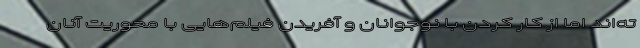
ته‌اند اما از کار کردن با نوجوانان و آفریدنِ فیلم‌هایی با محوریت آنان